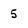
Character: 5